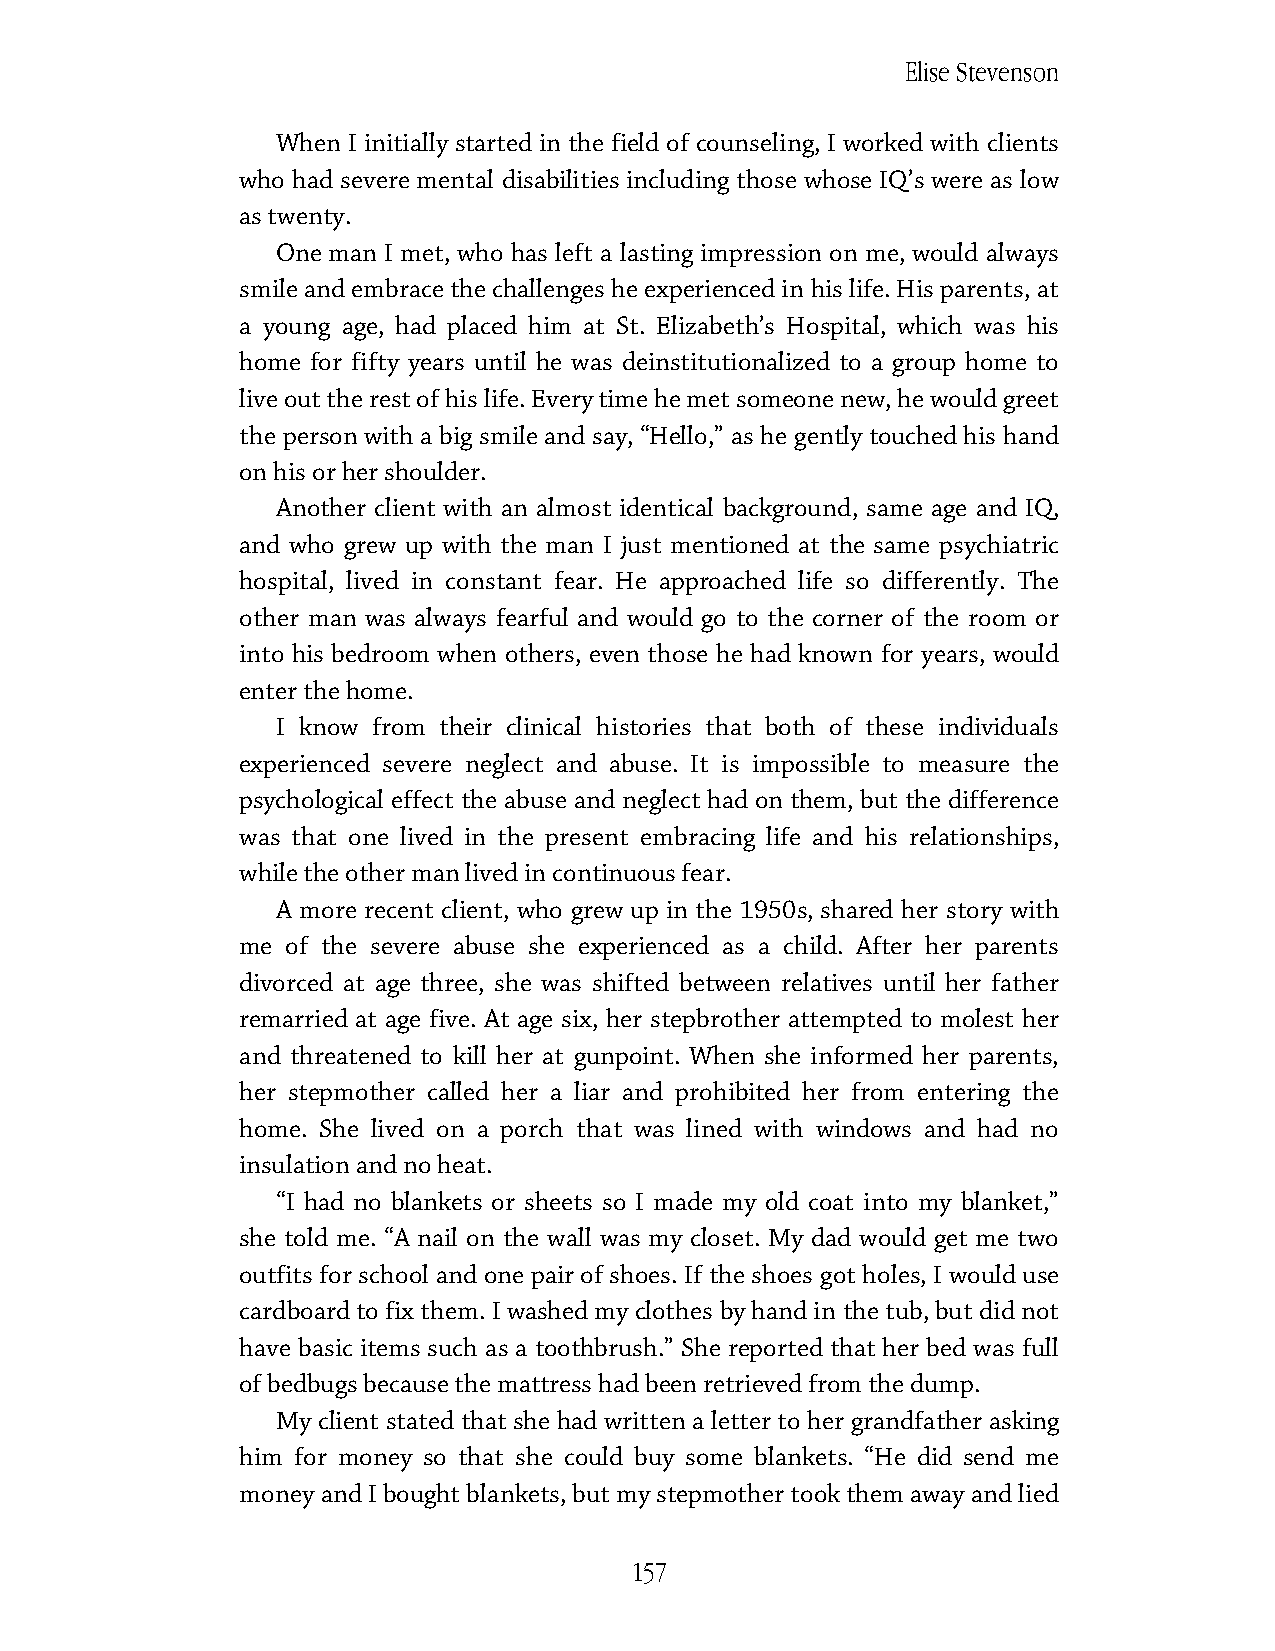
Elise Stevenson
 When I initially started in the field of counseling, I worked with clients
 who had severe mental disabilities including those whose IQ’s were as low
 as twenty.
 One man I met, who has left a lasting impression on me, would always
 smile and embrace the challenges he experienced in his life. His parents, at
 a young age, had placed him at St. Elizabeth’s Hospital, which was his
 home for fifty years until he was deinstitutionalized to a group home to
 live out the rest of his life. Every time he met someone new, he would greet
 the person with a big smile and say, “Hello,” as he gently touched his hand
 on his or her shoulder.
 Another client with an almost identical background, same age and IQ,
 and who grew up with the man I just mentioned at the same psychiatric
 hospital, lived in constant fear. He approached life so differently. The
 other man was always fearful and would go to the corner of the room or
 into his bedroom when others, even those he had known for years, would
 enter the home.
 I know from their clinical histories that both of these individuals
 experienced severe neglect and abuse. It is impossible to measure the
 psychological effect the abuse and neglect had on them, but the difference
 was that one lived in the present embracing life and his relationships,
 while the other man lived in continuous fear.
 A more recent client, who grew up in the 1950s, shared her story with
 me of the severe abuse she experienced as a child. After her parents
 divorced at age three, she was shifted between relatives until her father
 remarried at age five. At age six, her stepbrother attempted to molest her
 and threatened to kill her at gunpoint. When she informed her parents,
 her stepmother called her a liar and prohibited her from entering the
 home. She lived on a porch that was lined with windows and had no
 insulation and no heat.
 “I had no blankets or sheets so I made my old coat into my blanket,”
 she told me. “A nail on the wall was my closet. My dad would get me two
 outfits for school and one pair of shoes. If the shoes got holes, I would use
 cardboard to fix them. I washed my clothes by hand in the tub, but did not
 have basic items such as a toothbrush.” She reported that her bed was full
 of bedbugs because the mattress had been retrieved from the dump.
 My client stated that she had written a letter to her grandfather asking
 him for money so that she could buy some blankets. “He did send me
 money and I bought blankets, but my stepmother took them away and lied
 157